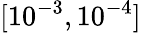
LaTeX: [10^{-3},10^{-4}]